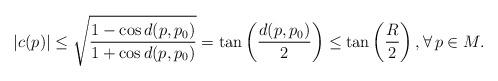
LaTeX: \begin{align*}|c(p)| \leq \sqrt{ \frac{ 1 - \cos d(p, p_0) }{1 + \cos d(p, p_0)} } = \tan \left( \frac{d(p, p_0)}{2} \right) \leq \tan \left( \frac{R}{2} \right), \forall \, p \in M.\end{align*}